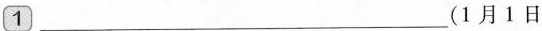
\boxed{1}___(1月1日